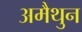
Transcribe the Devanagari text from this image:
अमैथुन